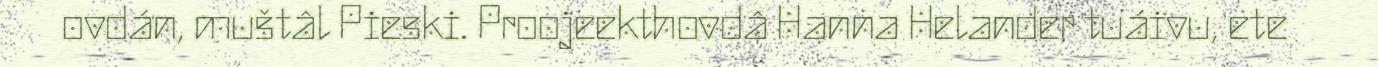
ovdán, muštâl Pieski. Proojeekthovdâ Hanna Helander tuáivu, ete